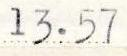
13.57